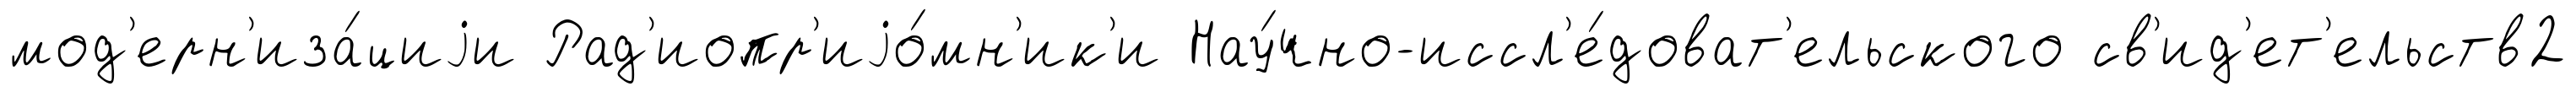
мод'ерн'иза́циjи Рад'иопр'иjо́мн'ик'и Нау́чно-иссл'е́доват'ельского св'ид'ет'ельств2